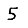
Digit: 5